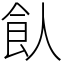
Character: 飤